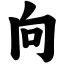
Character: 向